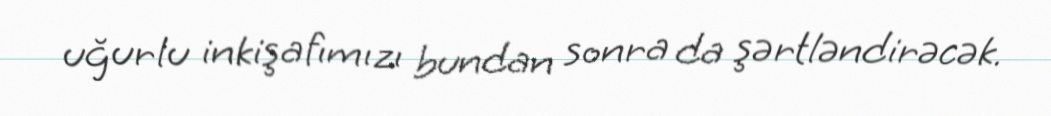
uğurlu inkişafımızı bundan sonra da şərtləndirəcək.